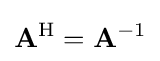
\mathbf {A} ^{\mathrm {H} }=\mathbf {A} ^{-1}